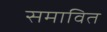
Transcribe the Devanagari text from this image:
समावित